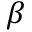
\beta